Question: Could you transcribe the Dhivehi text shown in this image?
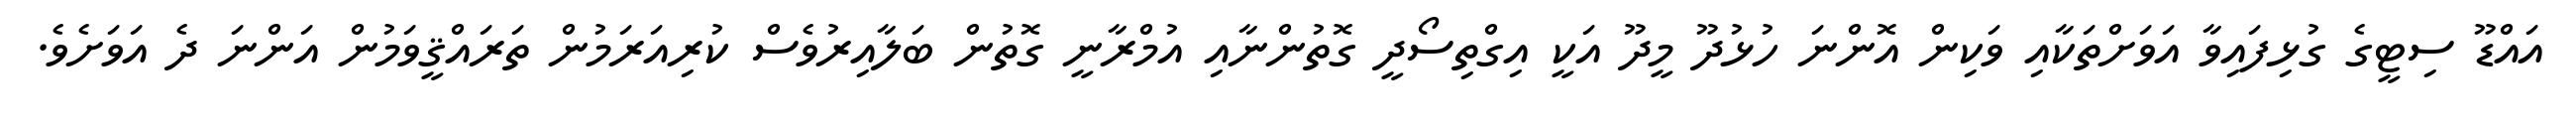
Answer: އައްޑޫ ސިޓީގެ ގުޅިފައިވާ އަވަށްތަކާއި ވަކިން އޮންނަ ހުޅުދޫ މީދޫ އަކީ އިގްތިސޯދީ ގޮތުންނާއި އުމްރާނީ ގޮތުން ބަލާއިރުވެސް ކުރިއަރަމުން ތަރައްޤީވަމުން އަންނަ ދެ އަވަށެވެ.